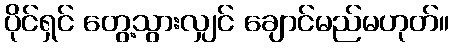
ပိုင်ရှင် တွေ့သွားလျှင် ချောင်မည်မဟုတ်။